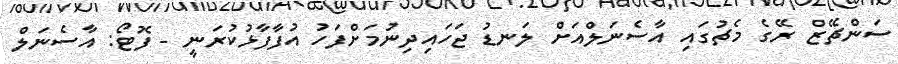
ސަންޗޭޒް ރޭގެ މެޗުގައި އާސެނަލްއަށް ލަނޑު ޖަހައިދިނުމަށްފަހު އުފާފާޅުކުރަނީ - ފޮޓޯ: އާސެނަލް